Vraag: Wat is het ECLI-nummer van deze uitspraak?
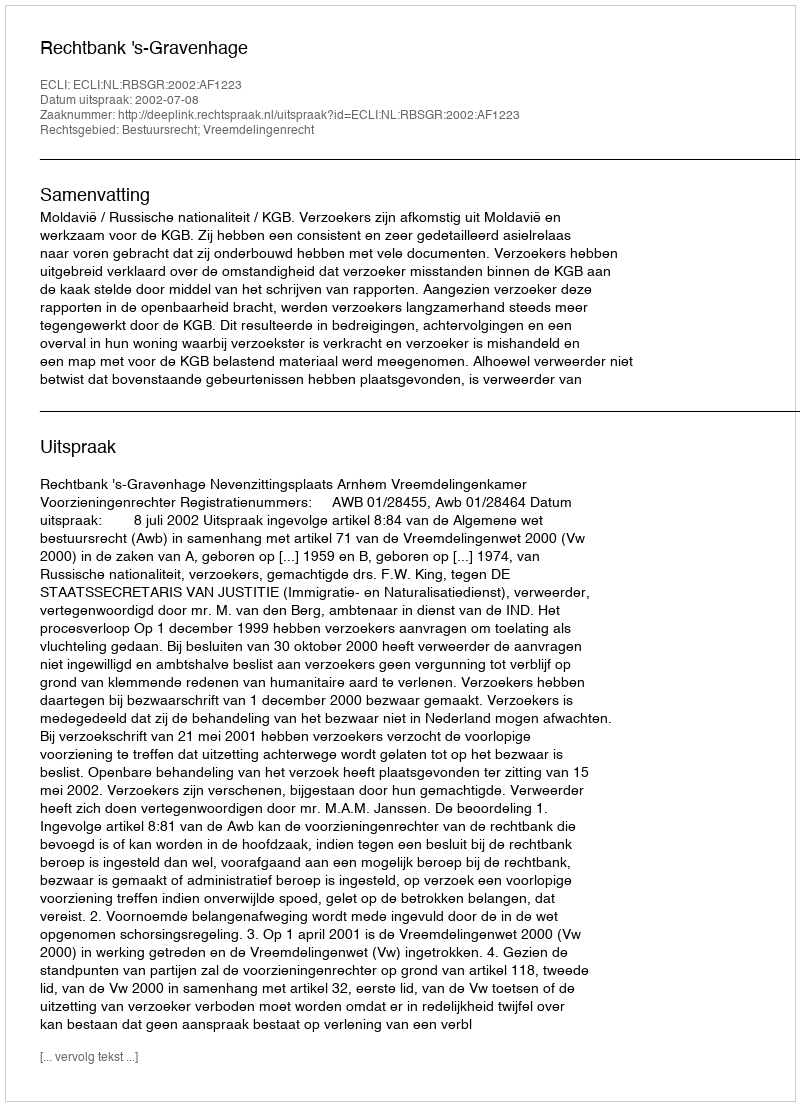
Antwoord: ECLI:NL:RBSGR:2002:AF1223